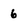
Character: 6